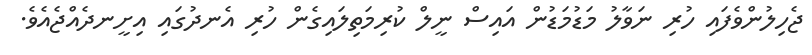
ޖެހިލުންވެފައި ހުރި ނަވާލު މަޑުމަޑުން އައިސް ނީލް ކުރިމަތިލައިގެން ހުރި އެނދުގައި އިށީނދެއްޖެއެވެ.